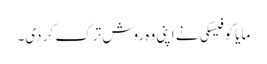
مایا کوفیسکی نے اپنی وہ روش ترک کر دی۔